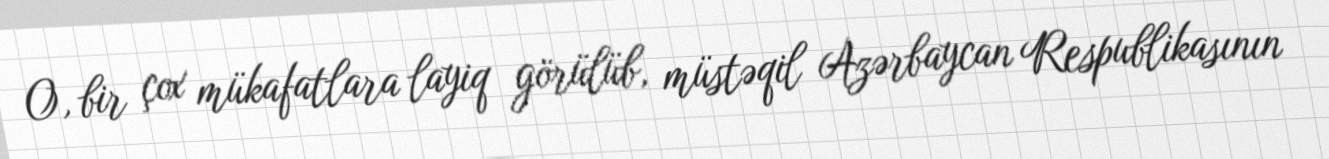
O, bir çox mükafatlara layiq görülüb, müstəqil Azərbaycan Respublikasının